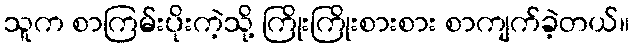
သူက စာကြမ်းပိုးကဲ့သို့ ကြိုးကြိုးစားစား စာကျက်ခဲ့တယ်။